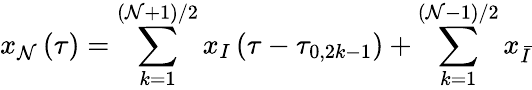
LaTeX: x_{\mathcal{N}}\left(\tau\right)=\sum_{k=1}^{\left(\mathcal{N}+1\right)/2}x_{I}\left(\tau-\tau_{0,2k-1}\right)+\sum_{k=1}^{\left(\mathcal{N}-1\right)/2}x_{\bar{{I}}}